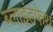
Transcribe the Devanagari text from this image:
ब्लाइंडफेथ